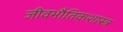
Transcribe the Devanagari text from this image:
जीवभौतिकशास्त्र